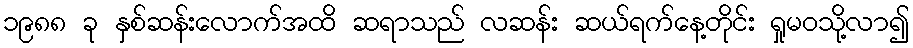
၁၉၈၈ ခု နှစ်ဆန်းလောက်အထိ ဆရာသည် လဆန်း ဆယ်ရက်နေ့တိုင်း ရှုမဝသို့လာ၍